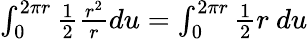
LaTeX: \begin{array}{r}{\int_{0}^{2\pi r}{\frac{1}{2}}{\frac{r^{2}}{r}}du=\int_{0}^{2\pi r}{\frac{1}{2}}r\ du}\end{array}